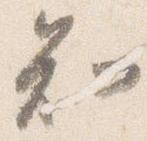
知